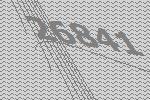
26841